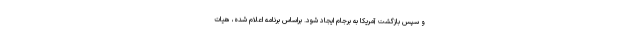
و سپس بازگشت آمریکا به برجام ایجاد شود. براساس برنامه اعلام شده، هیات